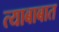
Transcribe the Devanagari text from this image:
त्याबाबात